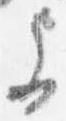
参